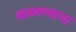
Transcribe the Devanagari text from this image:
बाळ्गण्याचा